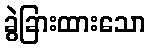
ခွဲခြားထားသော